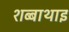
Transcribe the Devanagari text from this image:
शब्बाथाइ